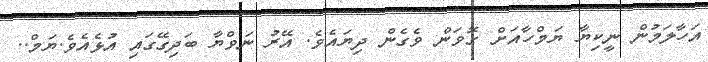
އަހާލަމުން ނީކިޔާ ޔަމްހާއަށް ގޮވަން ވެގެން ދިޔައެވެ. އޭރު ނަވްޔާ ބަދިގޭގައި އުޅެއެވެ.ޔަމް..